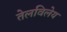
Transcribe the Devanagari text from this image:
तेलविलेय